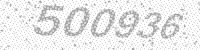
Solution: 500936